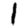
Digit: 1